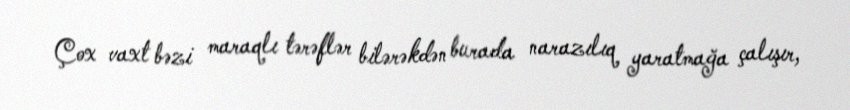
Çox vaxt bəzi maraqlı tərəflər bilərəkdən burada narazılıq yaratmağa çalışır,